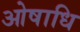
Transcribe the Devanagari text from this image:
ओषाधि